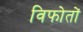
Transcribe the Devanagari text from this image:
विफोतों